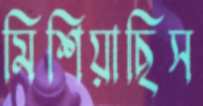
মিশিয়াছিস